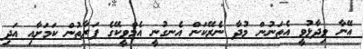
އޭނާ ވިދާޅުވީ އެތަނުން މުދާ ނެރޭކަން އެނގުނީ އެމްވީކޭގެ ފަރާތުން ކަމަށާއި އަދި